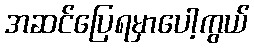
အဆင်ပြေရမှာပေါ့ကွယ်